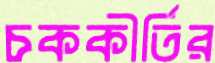
চককীর্তির